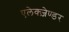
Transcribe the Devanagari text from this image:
एलेक्ज़ेण्डर